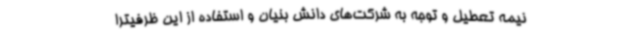
نیمه تعطیل و توجه به شرکت‌های دانش بنیان و استفاده از این ظرفیترا